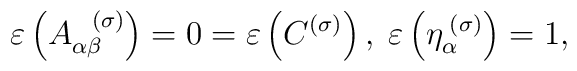
\varepsilon \left( A_{\alpha \beta }^{\;\;\;(\sigma )}\right) =0=\varepsilon\left( C^{(\sigma )}\right) ,\;\varepsilon \left( \eta _{\alpha }^{\;(\sigma)}\right) =1,